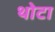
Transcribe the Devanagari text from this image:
थोटा